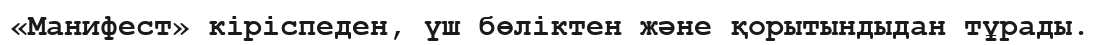
«Манифест» кіріспеден, үш бөліктен және қорытындыдан тұрады.